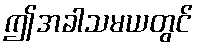
ဤအခါသမယတွင်